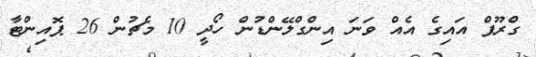
ގްރޫޕް އައިގެ އެއް ވަނަ އިންގްލޭންޑުން ހޯދީ 10 މެޗުން 26 ޕޮއިންޓާ